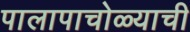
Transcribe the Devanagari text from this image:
पालापाचोळ्याची